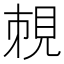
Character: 𧠥